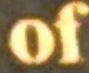
of